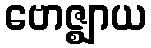
ဗောဇ္ဈာယ